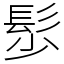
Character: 䯯